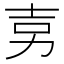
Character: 㔛